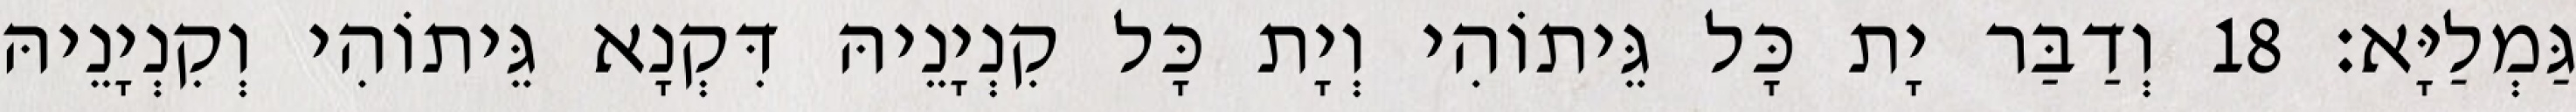
גַּמְלַיָּא׃ 18 וְדַבַּר יָת כָּל גֵּיתוֹהִי וְיָת כָּל קִנְיָנֵיהּ דִּקְנָא גֵּיתוֹהִי וְקִנְיָנֵיהּ